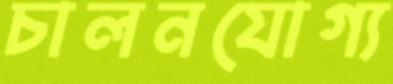
চালনযোগ্য